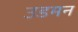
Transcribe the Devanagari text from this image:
उडमन